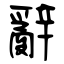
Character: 辭